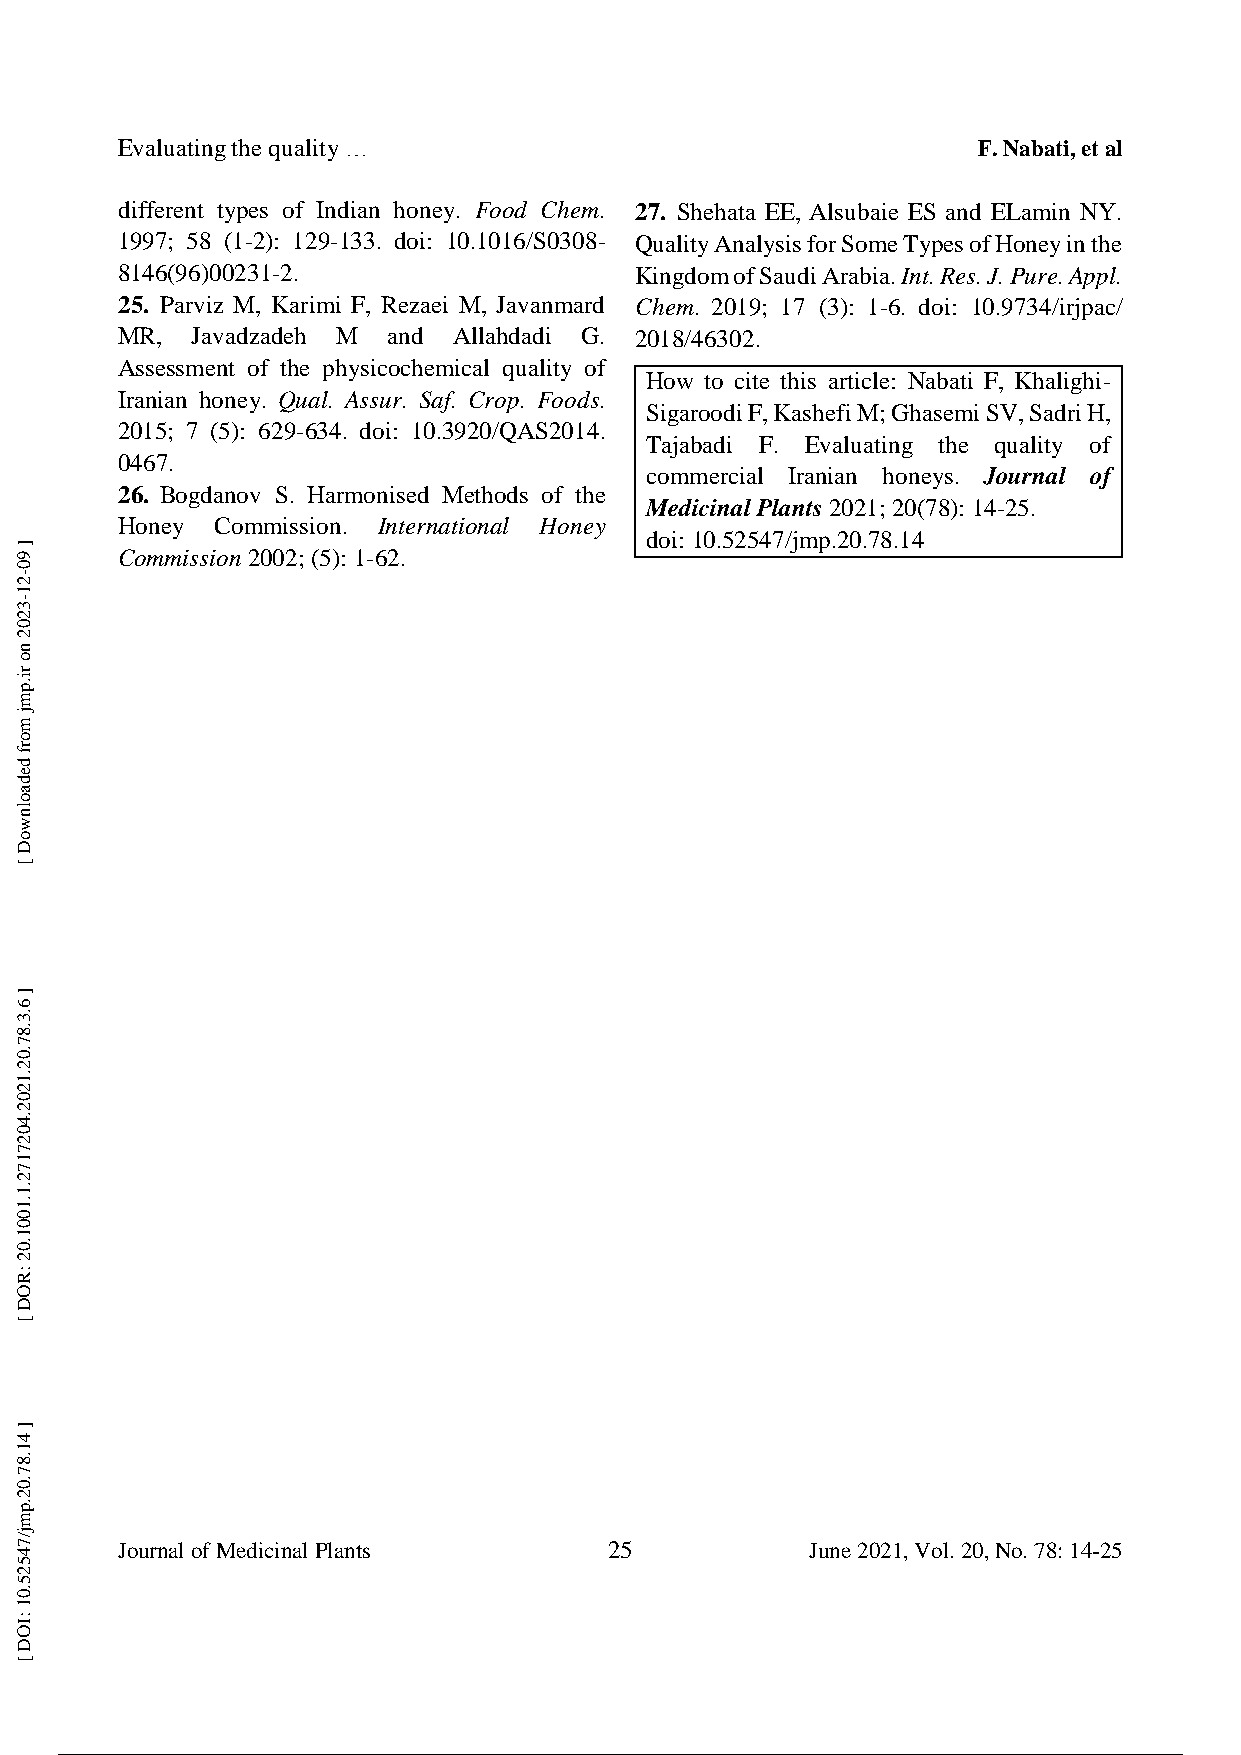
Evaluating the quality …                                 F. Nabati, et al
 different types of Indian honey. Food Chem. 27. Shehata EE, Alsubaie ES and ELamin NY.
 1997; 58 (1-2): 129-133. doi: 10.1016/S0308- Quality Analysis for Some Types of Honey in the
 8146(96)00231-2.                  Kingdom of Saudi Arabia. Int. Res. J. Pure. Appl.
 25. Parviz M, Karimi F, Rezaei M, Javanmard Chem. 2019; 17 (3): 1-6. doi: 10.9734/irjpac/
 MR,  Javadzadeh M and Allahdadi G. 2018/46302.
 Assessment of the physicochemical quality of
 How to cite this article: Nabati F, Khalighi-
 Iranian honey. Qual. Assur. Saf. Crop. Foods.
 Sigaroodi F, Kashefi M; Ghasemi SV, Sadri H,
 2015; 7 (5): 629-634. doi: 10.3920/QAS2014.
 Tajabadi F. Evaluating the quality of
 0467.
 commercial Iranian honeys. Journal of
 26. Bogdanov S. Harmonised Methods of the
 Medicinal Plants 2021; 20(78): 14-25.
 Honey Commission. International Honey
 doi: 10.52547/jmp.20.78.14
 Commission 2002; (5): 1-62.
 Journal of Medicinal Plants     25            June 2021, Vol. 20, No. 78: 14-25
 12 / 13
 ]
 90-21-3202
 no
 ri.pmj
 morf
 dedaolnwoD
 [
 ]
 6.3.87.02.1202.4027172.1.1001.02
 :ROD
 [
 ]
 41.87.02.pmj/74525.01
 :IOD
 [